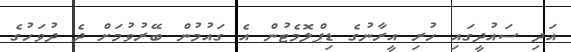
އަދި ސައުދީގައި ހުރި އީރާނުގެ ޑިޕްލޮމެޓުން އެ ގައުމުން ބޭރުވުމަށް ދެ ދުވަހުގެ